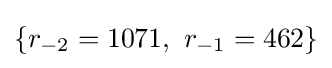
\{r_{-2}=1071,\ r_{-1}=462\}